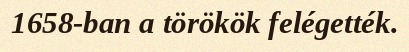
1658-ban a törökök felégették.